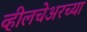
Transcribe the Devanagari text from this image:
व्हीलचेअरच्या